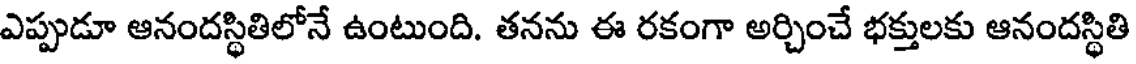
ఎప్పుడూ ఆనందస్థితిలోనే ఉంటుంది. తనను ఈ రకంగా అర్చించే భక్తులకు ఆనందస్థితి